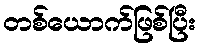
တစ်ယောက်ဖြစ်ပြီး